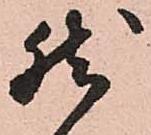
然